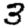
Digit: 3